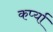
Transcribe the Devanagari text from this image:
कर्प्या